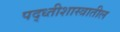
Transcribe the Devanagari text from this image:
पद्ध्तीशास्त्रातील